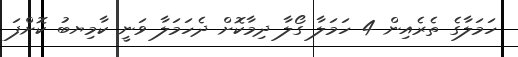
ހަމަލާގެ ތެރެއިން 4 ހަމަލާ ގޯލާ ދިމާކޮށް ދެހަމަލާ ވަނީ ކާމިޔބު ކޮށްފަ